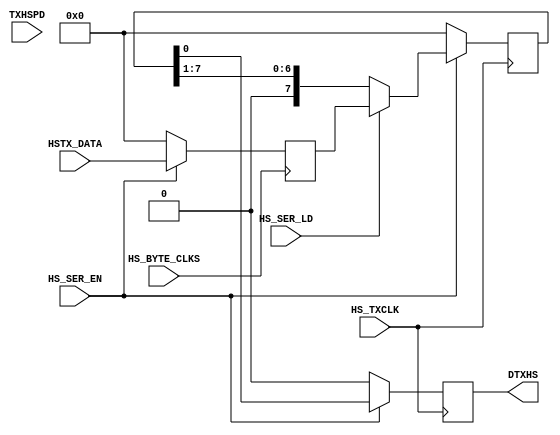
`timescale 1ps/100fs
module mipi_serializer (
  HS_BYTE_CLKS,
  HS_TXCLK,
  HSTX_DATA,
  HS_SER_EN,
  HS_SER_LD,
  TXHSPD,
  DTXHS
);
// inputs
parameter               WIDTH=8;
input                   HS_BYTE_CLKS;    
input                   HS_TXCLK;
input [WIDTH-1:0]       HSTX_DATA;
input                   HS_SER_EN;  // shift out the loaded value.
input                   HS_SER_LD;  // loads data value into register
input                   TXHSPD;     // NOT USED 
// outputs
output                  DTXHS;

// internal
reg  [WIDTH-1:0]        shift_reg;
reg  [WIDTH-1:0]        shift_ff;
reg                     DTXHS;


  // shift_reg takes the byte into the HS_TXCLKP domain
  //  and shifts the bits out.
  always @ (posedge HS_BYTE_CLKS)
    begin
    if (HS_SER_EN)
      shift_ff <= HSTX_DATA;
    else
      shift_ff <= {WIDTH{1'b0}}; // not enabled, register is cleared.
    end
  
  always @ (posedge HS_TXCLK)
    begin
      if (HS_SER_EN)
      begin
        if (HS_SER_LD)
          shift_reg <= shift_ff;
        else
          shift_reg <= {1'b0,shift_reg[WIDTH-1:1]};
      end
      else    // not enabled; clear register.
          shift_reg <= {WIDTH{1'b0}}; // any old value will due.
    end

//  assign DTXHS  = shift_reg[0];
  // a registered DTXHS helps with timing.
   always @ (posedge HS_TXCLK)
    begin
        if (HS_SER_EN)
          DTXHS <= shift_reg[0];
        else
          DTXHS <= 1'b0;
    end

endmodule // module hstx_serializer